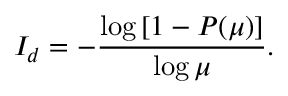
I _ { d } = - \frac { \log { \left[ 1 - P ( \mu ) \right] } } { \log { \mu } } .